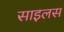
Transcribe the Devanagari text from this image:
साइलस